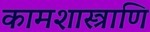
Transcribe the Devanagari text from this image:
कामशास्त्राणि